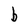
Character: b